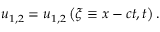
u _ { 1 , 2 } = u _ { 1 , 2 } \left( \xi \equiv x - c t , t \right) .